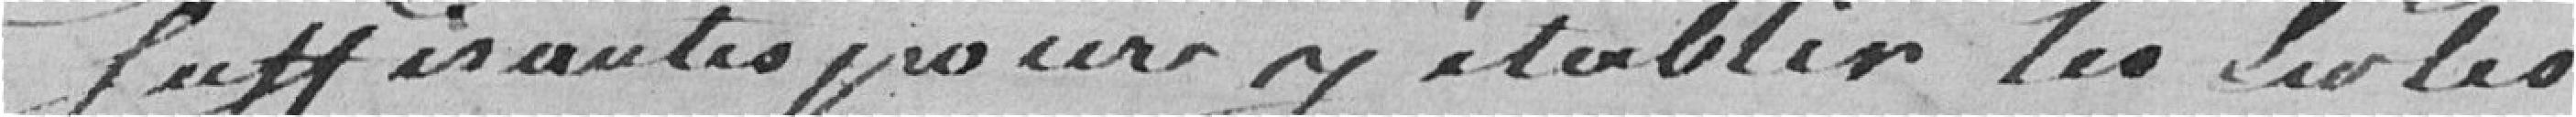
Suffisantes pour y établir les Ecoles